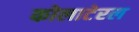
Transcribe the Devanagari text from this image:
कोलाटेरल